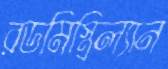
রডমিস্ত্রিল্যান